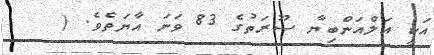
އަކީ އަލްއަންބިޔާ ސޫރަތުގެ 83 ވަނަ އާޔަތެވެ. (